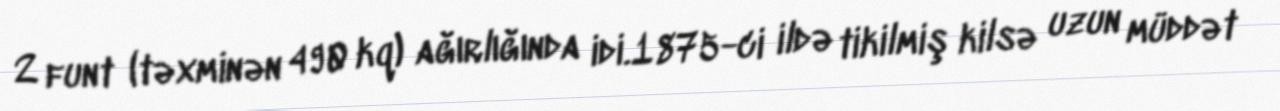
2 funt (təxminən 490 kq) ağırlığında idi.1875-ci ildə tikilmiş kilsə uzun müddət